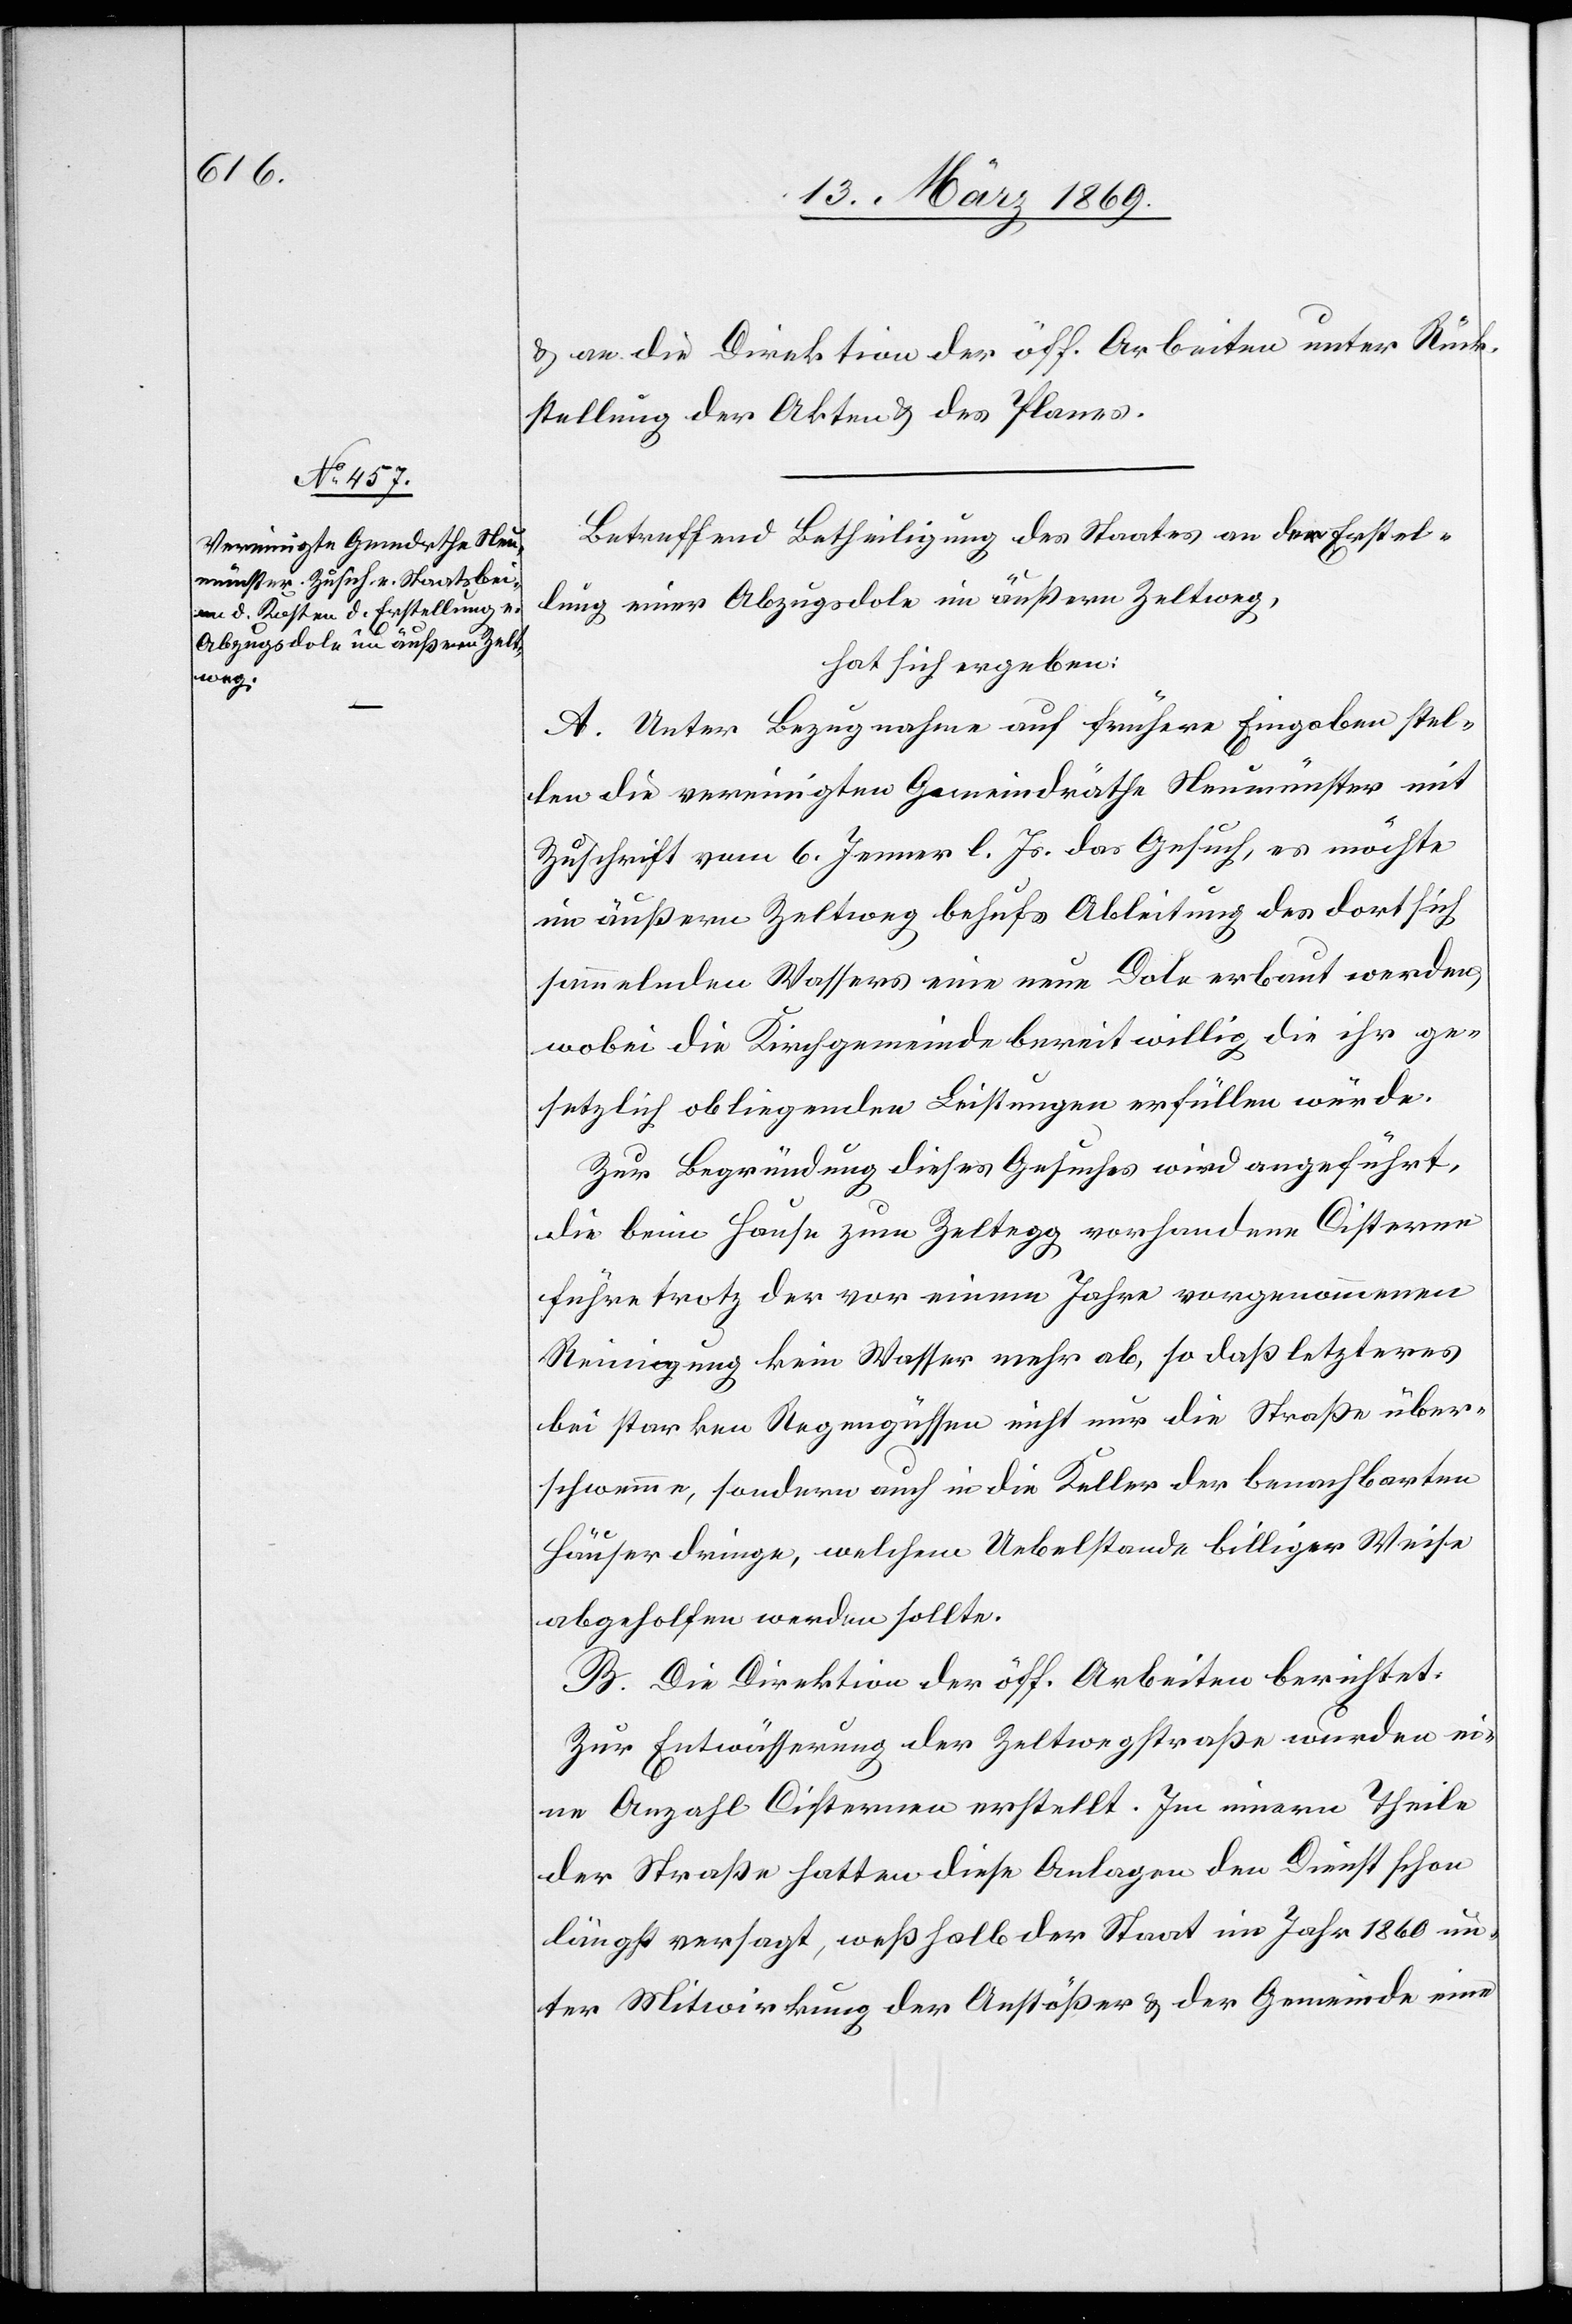
& an die Direktion der öff. Arbeiten unter Rück¬
stellung der Akten & des Planes.
Betreffend Betheiligung des Staates an der Erstel¬
lung einer Abzugsdole im äußern Zeltweg,
hat sich ergeben:
A. Unter Bezugnahme auf frühere Eingaben stel¬
len die vereinigten Gemeindräthe Neumünster mit
Zuschrift vom 6. Jenner l. Js. das Gesuch, es möchte
im äußern Zeltweg behufs Ableitung des dort sich
sammelnden Wassers eine neue Dole erbaut werden,
wobei die Kirchgemeinde bereitwillig, die ihr ge¬
setzlich obliegenden Leistungen erfüllen würde.
Zur Begründung dieses Gesuches wird angeführt,
die beim Hause zum Zeltegg vorhandene Cisterne
führe trotz der vor einem Jahre vorgenommenen
Reinigung kein Wasser mehr ab, so daß letzteres
bei starken Regengüssen nicht nur die Straße über¬
schwemme, sondern auch in die Keller der benachbarten
Häuser dringe, welchem Uebelstande billiger Weise
abgeholfen werden sollte.
B. Die Direktion der öff. Arbeiten berichtet.
Zur Entwässerung der Zeltwegstraße wurden ei¬
ne Anzahl Cisternen erstellt. Im innern Theile
der Straße hatten diese Anlagen den Dienst schon
längst versagt, weßhalb der Staat im Jahr 1860 un¬
ter Mitwirkung der Anstößer & der Gemeinde eine